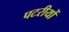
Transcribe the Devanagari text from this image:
पटरीयों